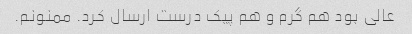
عالی بود هم گرم و هم پیک درست ارسال کرد. ‌ممنونم.